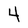
Character: 4